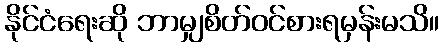
နိုင်ငံရေးဆို ဘာမျှစိတ်ဝင်စားရမှန်းမသိ။